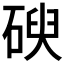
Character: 𥔢